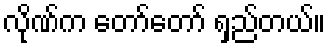
လိုဏ်က တော်တော် ရှည်တယ်။